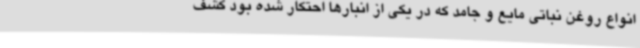
انواع روغن نباتی مایع و جامد که در یکی از انبارها احتکار شده بود کشف